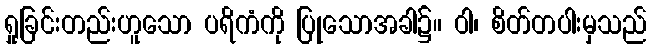
ရှုခြင်းတည်းဟူသော ပရိကံကို ပြုသောအခါ၌။ ဝါ၊ စိတ်တပါးမှသည်